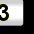
Digit: 3